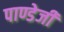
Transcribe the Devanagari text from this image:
पाण्डेजी